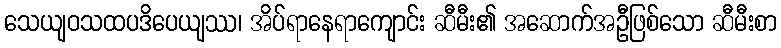
သေယျဝသထပဒိပေယျဿ၊ အိပ်ရာနေရာကျောင်း ဆီမီး၏ အဆောက်အဦဖြစ်သော ဆီမီးစာ